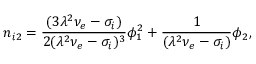
n _ { i 2 } = \frac { ( 3 \lambda ^ { 2 } \nu _ { e } - \sigma _ { i } ) } { 2 ( \lambda ^ { 2 } \nu _ { e } - \sigma _ { i } ) ^ { 3 } } \phi _ { 1 } ^ { 2 } + \frac { 1 } { ( \lambda ^ { 2 } \nu _ { e } - \sigma _ { i } ) } \phi _ { 2 } ,